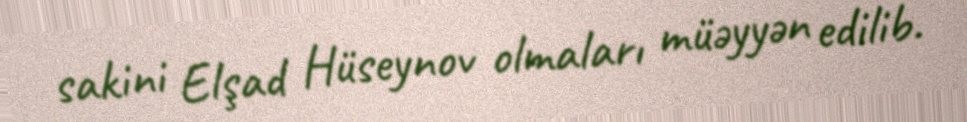
sakini Elşad Hüseynov olmaları müəyyən edilib.